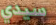
سيدي